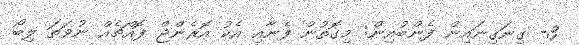
3- ގިނަގިނައިން ފެންބުއިން: މިގޮތުން ފެނާއި އެކު އޮރެންޖް ފޮއްޗެއް ނުވަތަ ލިބޯ